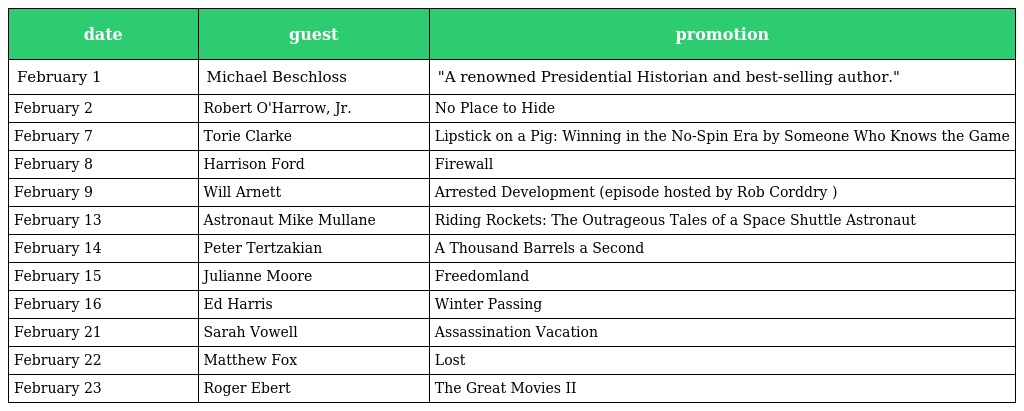
| date | guest | promotion |
 | --- | --- | --- |
 | February 1 | Michael Beschloss | "A renowned Presidential Historian and best-selling author." |
 | February 2 | Robert O'Harrow, Jr. | No Place to Hide |
 | February 7 | Torie Clarke | Lipstick on a Pig: Winning in the No-Spin Era by Someone Who Knows the Game |
 | February 8 | Harrison Ford | Firewall |
 | February 9 | Will Arnett | Arrested Development (episode hosted by Rob Corddry ) |
 | February 13 | Astronaut Mike Mullane | Riding Rockets: The Outrageous Tales of a Space Shuttle Astronaut |
 | February 14 | Peter Tertzakian | A Thousand Barrels a Second |
 | February 15 | Julianne Moore | Freedomland |
 | February 16 | Ed Harris | Winter Passing |
 | February 21 | Sarah Vowell | Assassination Vacation |
 | February 22 | Matthew Fox | Lost |
 | February 23 | Roger Ebert | The Great Movies II |